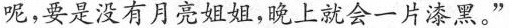
呢，要是没有月亮姐姐，晚上就会一片漆黑。”